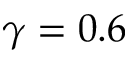
\gamma = 0 . 6